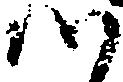
つ